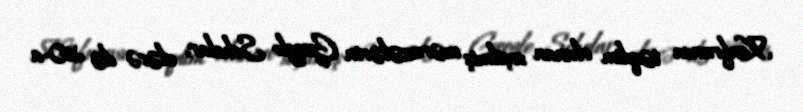
Konfransa təqdim olunan seçilmiş məruzələrin Google Scholar, eləcə də 30-a